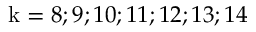
\mathrm { k } = 8 ; 9 ; 1 0 ; 1 1 ; 1 2 ; 1 3 ; 1 4